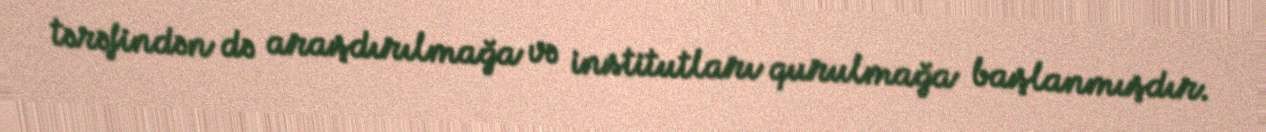
tərəfindən də araşdırılmağa və institutları qurulmağa başlanmışdır.